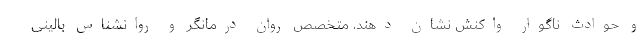
و حوادث‌ ناگوار واکنش نشان ‌دهند. متخصص روان درمانگر و روانشناس بالینی